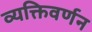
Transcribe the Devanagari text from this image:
व्यक्तिवर्णन